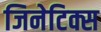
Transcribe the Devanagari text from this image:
जिनेटिक्स